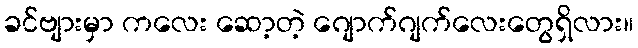
ခင်ဗျားမှာ ကလေး ဆော့တဲ့ ဂျောက်ဂျက်လေးတွေရှိလား။